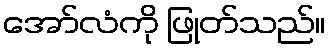
အော်လံကို ဖြုတ်သည်။